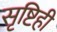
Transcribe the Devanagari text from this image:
सृष्टिही